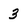
Character: 3